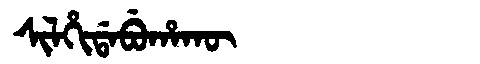
Manchu: ᠰᡳᠯᡥᡳᡩᠠᠪᡠᡥᠠᡴᡡ
Romanization: SILHIDABUHAKŪ